Riigikantselei, lk 14
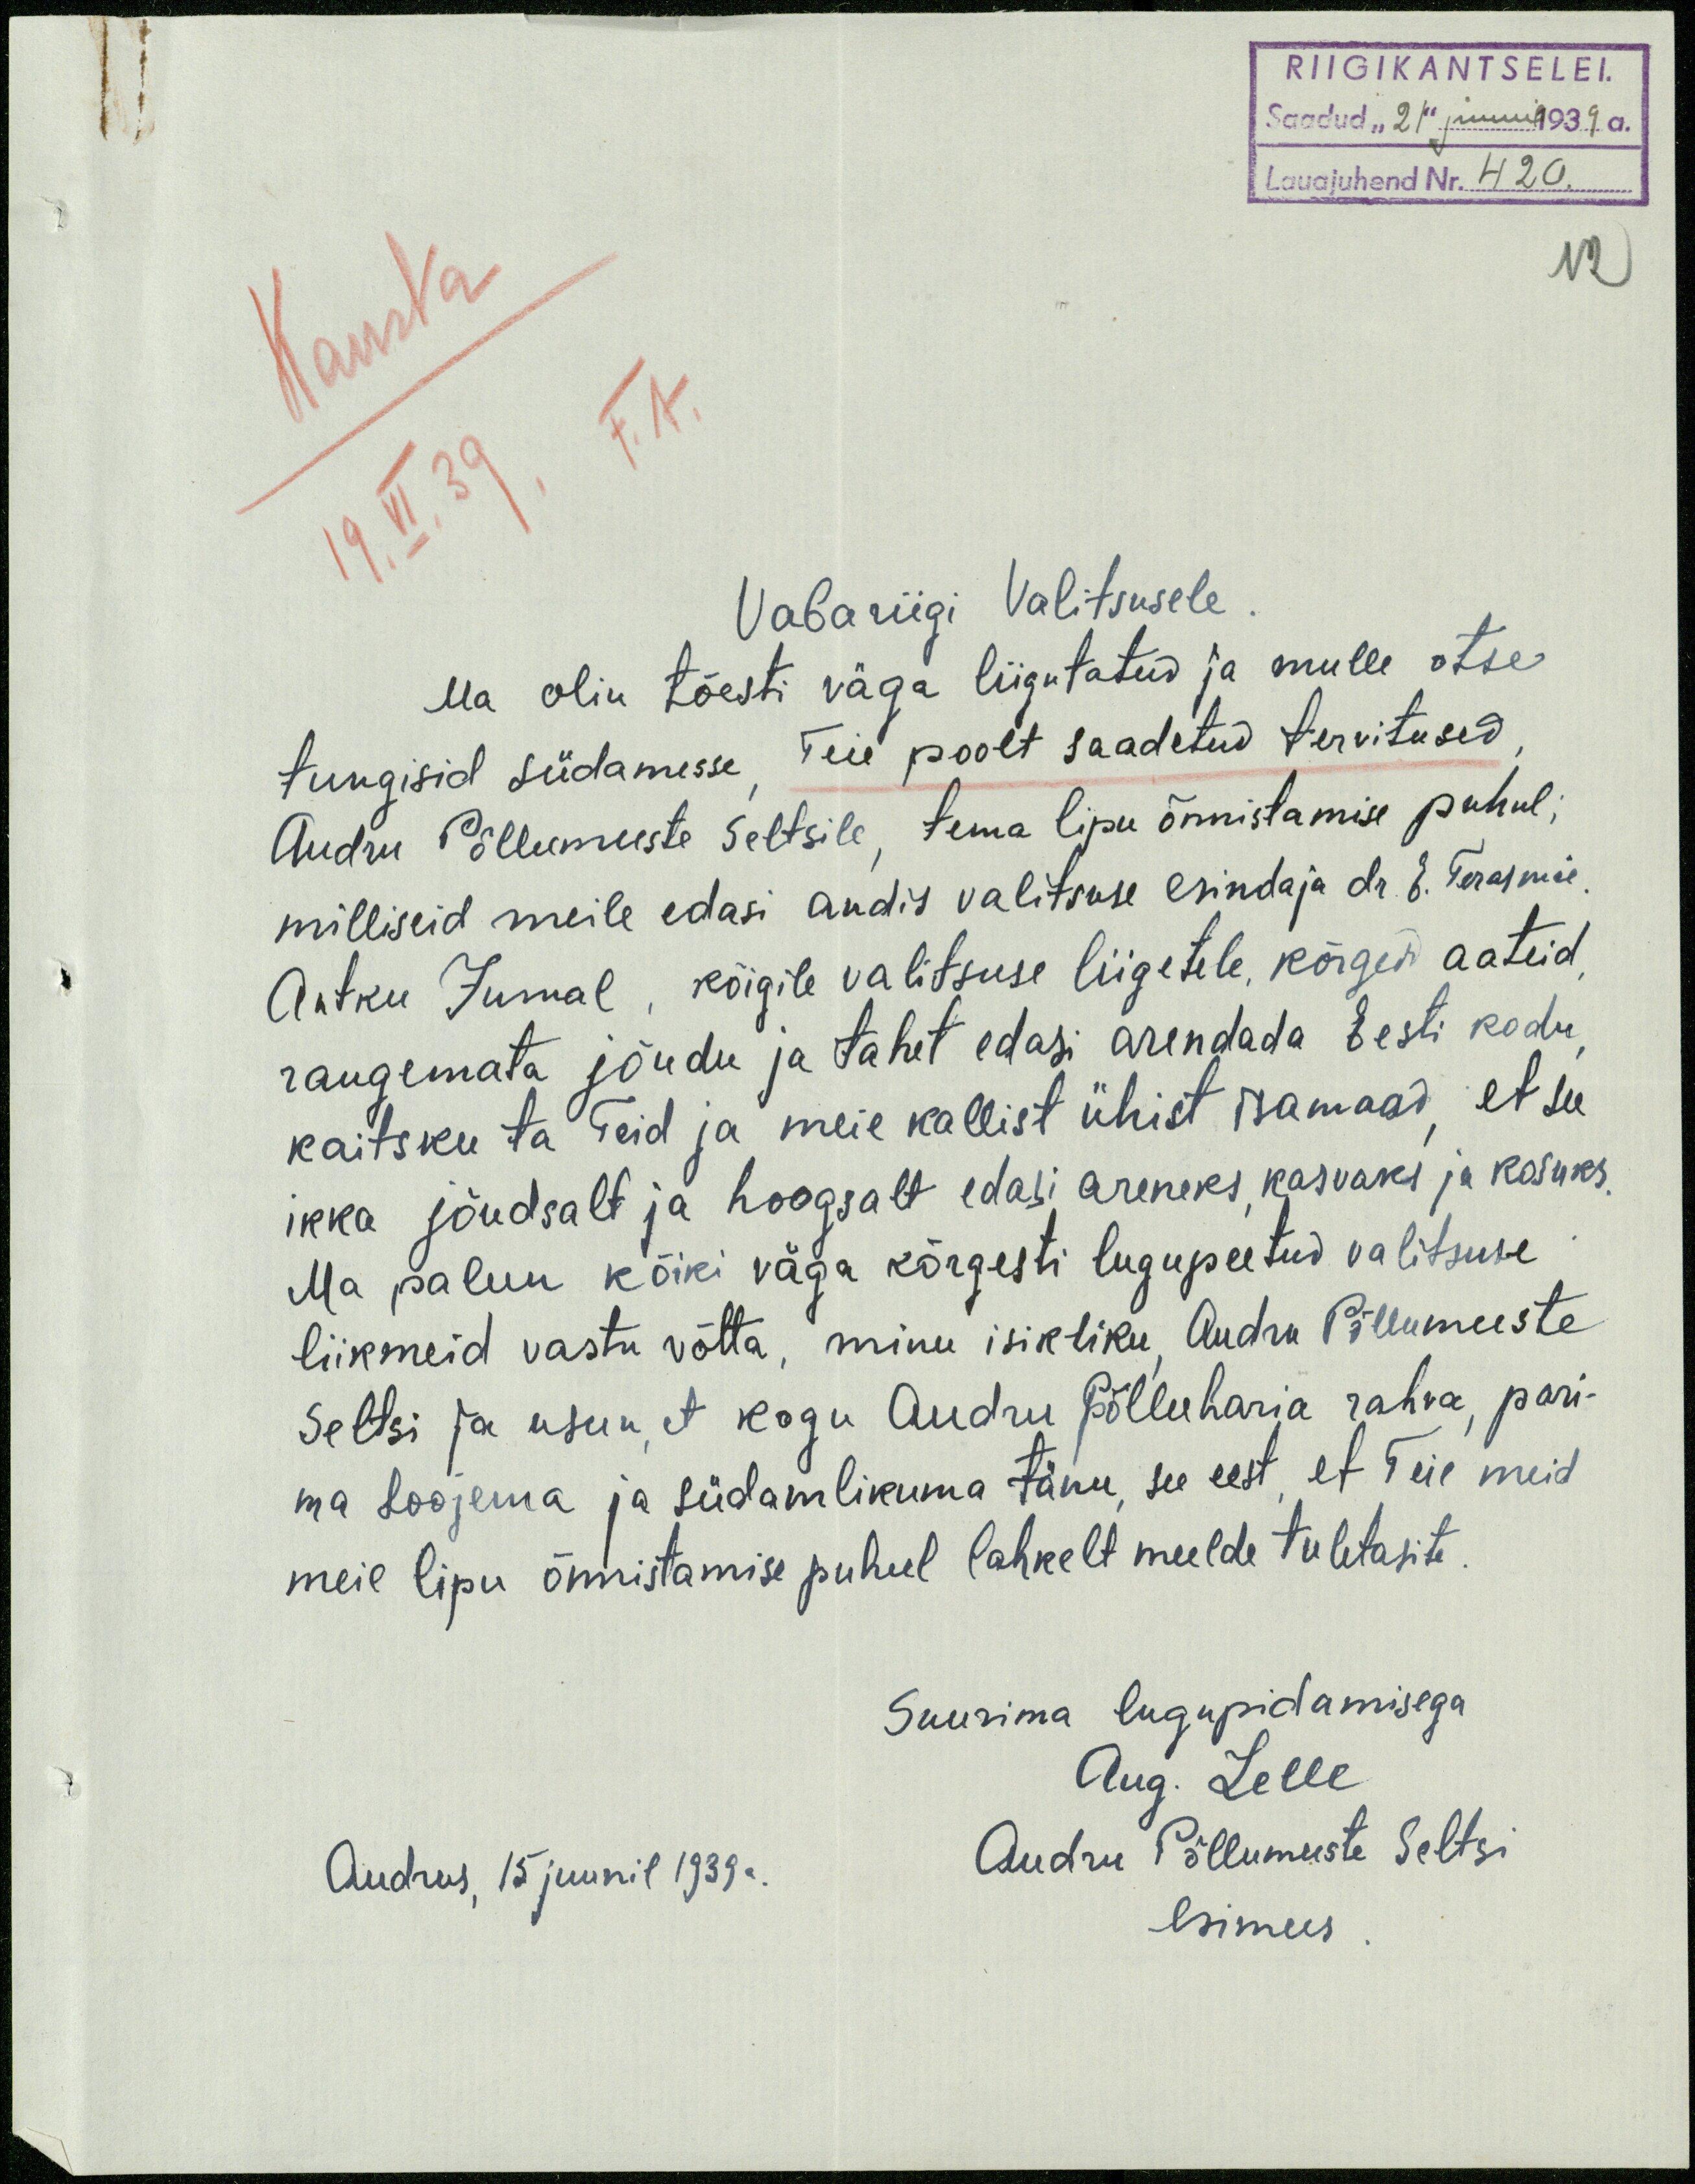
RIIGIKANTSELEI.
Saadud "21" juuni 1939 a.
Lauajuhend Nr. 420
F.A.
19. VI. 39.
Vabariigi Valitsusele
Ma olin tõesti väga liigutatud ja mulle otse
tungisid südamesse Teie poolt saadetud tervitused
Audru Põllumeeste Seltsile, tema lipu õnnistamise puhul,
milliseid meile edasi andis valitsuse esindaja dr. E. Terasmäe
Antku Jumal, kõigile valitsuse liigetele, körged aateid
raugemata jõudu ja tahet edasi arendada Eesti kodu
kaitsku ta Teid ja meie kallist ühist isamaad, et see
ikka jõudsalt ja hoogsalt edasi areneks kasvaks ja kosuks
Ma palun kõiki väga põrgesti lugupeetud valitsuse
liikmeid vastu võtta, minu isikliku Audru Põllumeeste
Seltsi ja usun, et kogu Audru Põlluharia rahva, pari-
ma soojema ja südamlikuma tänu, see eest et Teie meid
meie lipu õnnistamise puhul lahkelt meelde tuletasite
Suurima lugupidamisega
Aug. Lelle
Audrus, 15 juunil 1939a.
Audru Põllumeeste Seltsi
esimees